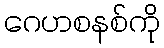
ဂေဟစနစ်ကို